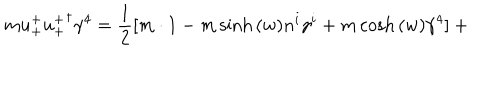
m u _ { + } ^ { + } { u _ { + } ^ { + } } ^ { \dagger } \gamma ^ { 4 } = \frac { 1 } { 2 } [ m \cdot 1 - m \sinh { ( w ) } n ^ { i } \gamma ^ { i } + m \cosh { ( w ) } \gamma ^ { 4 } ] + \hspace { 4 c m }